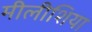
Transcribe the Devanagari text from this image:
मीलीशिया